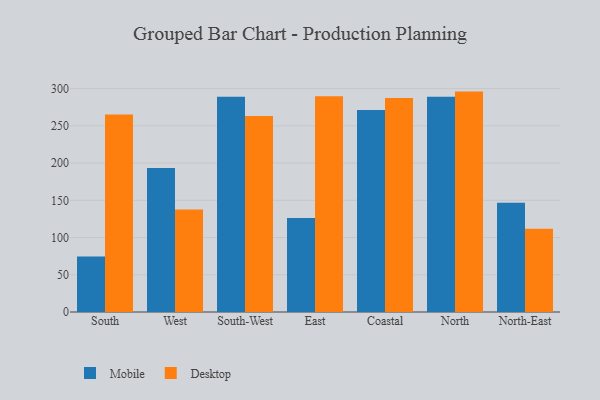
{"axis": {"x": "Region", "y": "Bounce Rate (%)"}, "legend": ["Desktop", "Mobile"], "data": [{"x": "South", "y": 74.5, "type": "Mobile"}, {"x": "South", "y": 265.3, "type": "Desktop"}, {"x": "West", "y": 193.4, "type": "Mobile"}, {"x": "West", "y": 137.8, "type": "Desktop"}, {"x": "South-West", "y": 289.2, "type": "Mobile"}, {"x": "South-West", "y": 263.2, "type": "Desktop"}, {"x": "East", "y": 126.1, "type": "Mobile"}, {"x": "East", "y": 289.9, "type": "Desktop"}, {"x": "Coastal", "y": 271.3, "type": "Mobile"}, {"x": "Coastal", "y": 287.4, "type": "Desktop"}, {"x": "North", "y": 289.1, "type": "Mobile"}, {"x": "North", "y": 296.0, "type": "Desktop"}, {"x": "North-East", "y": 146.7, "type": "Mobile"}, {"x": "North-East", "y": 111.7, "type": "Desktop"}]}